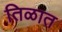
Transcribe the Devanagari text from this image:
तिळात